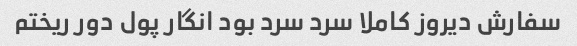
سفارش دیروز کاملا سرد سرد بود انگار پول دور ریختم